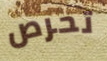
تحرص